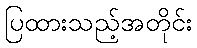
ပြထားသည့်အတိုင်း